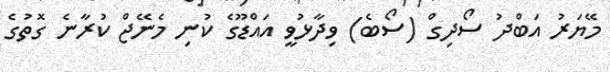
މޭޔަރު އަބްދު ސޯދިގް (ސޯބެ) ވިދާޅުވީ އައްޑޫގެ ކުނި މެނޭޖް ކުރާނެ ގޮތުގެ